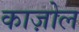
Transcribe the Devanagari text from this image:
काज़ोल